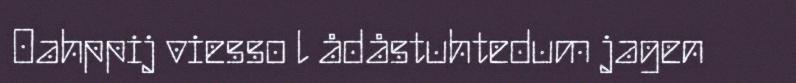
Oahppij viesso l ådåstuhtedum jagen